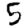
Digit: 5